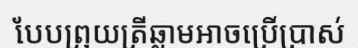
បែបព្រុយត្រីឆ្លាមអាចប្រើប្រាស់